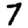
Digit: 7